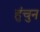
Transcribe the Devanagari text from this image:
हुंचुन